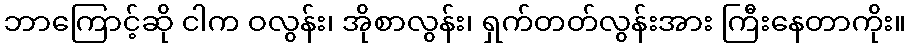
ဘာကြောင့်ဆို ငါက ဝလွန်း၊ အိုစာလွန်း၊ ရှက်တတ်လွန်းအား ကြီးနေတာကိုး။